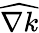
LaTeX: \widehat{\nabla k}